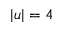
| u | = 4